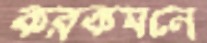
করকমলে